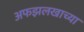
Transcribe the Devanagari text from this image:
अफझलखाच्या